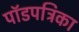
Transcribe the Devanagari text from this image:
पॉडपत्रिका